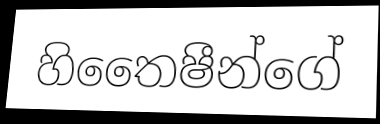
හිතෛෂීන්ගේ